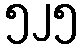
၅၂၅